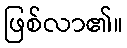
ဖြစ်လာ၏။